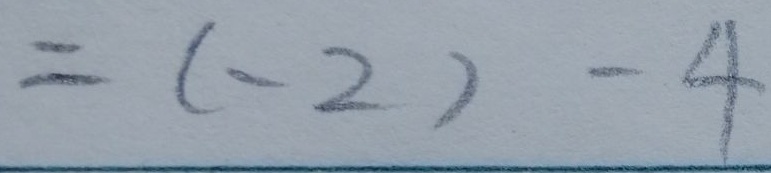
= ( - 2 ) - 4